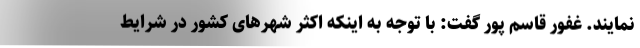
نمایند. غفور قاسم پور گفت: با توجه به اینکه اکثر شهرهای کشور در شرایط